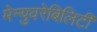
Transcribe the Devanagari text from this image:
मेन्युवरेबिलिटी